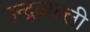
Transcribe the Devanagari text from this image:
इन्द्रवाल्ली